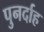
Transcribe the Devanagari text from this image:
पुनर्दाह